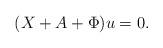
LaTeX: \begin{align*}(X+A+\Phi)u=0.\end{align*}